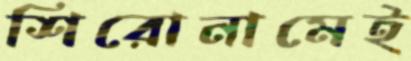
শিরোনামেই